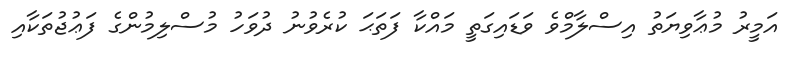
އަމީރު މުޢާވިޔަތު އިސްލާމްވެ ވަޑައިގަތީ މައްކާ ފަތަޙަ ކުރެވުނު ދުވަހު މުސްލިމުންގެ ފަޢުޖުތަކާއި